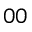
_ { 0 0 }